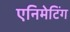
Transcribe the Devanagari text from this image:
एनिमेटिंग